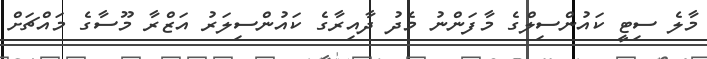
މާލެ ސިޓީ ކައުންސިލްގެ މާފަންނު މެދު ދާއިރާގެ ކައުންސިލަރު އަޒްރާ މޫސާގެ މައްޗަށް